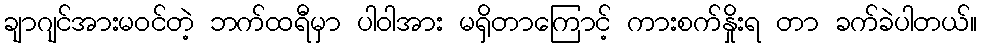
ချာဂျင်အားမဝင်တဲ့ ဘက်ထရီမှာ ပါဝါအား မရှိတာကြောင့် ကားစက်နှိုးရ တာ ခက်ခဲပါတယ်။